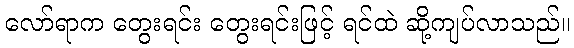
လော်ရာက တွေးရင်း တွေးရင်းဖြင့် ရင်ထဲ ဆို့ကျပ်လာသည်။